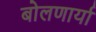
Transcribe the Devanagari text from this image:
बोलणार्या